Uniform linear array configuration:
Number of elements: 16
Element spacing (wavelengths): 0.75
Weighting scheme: blackman
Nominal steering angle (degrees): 15
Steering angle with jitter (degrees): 14.459
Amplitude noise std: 0.05
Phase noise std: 0.05

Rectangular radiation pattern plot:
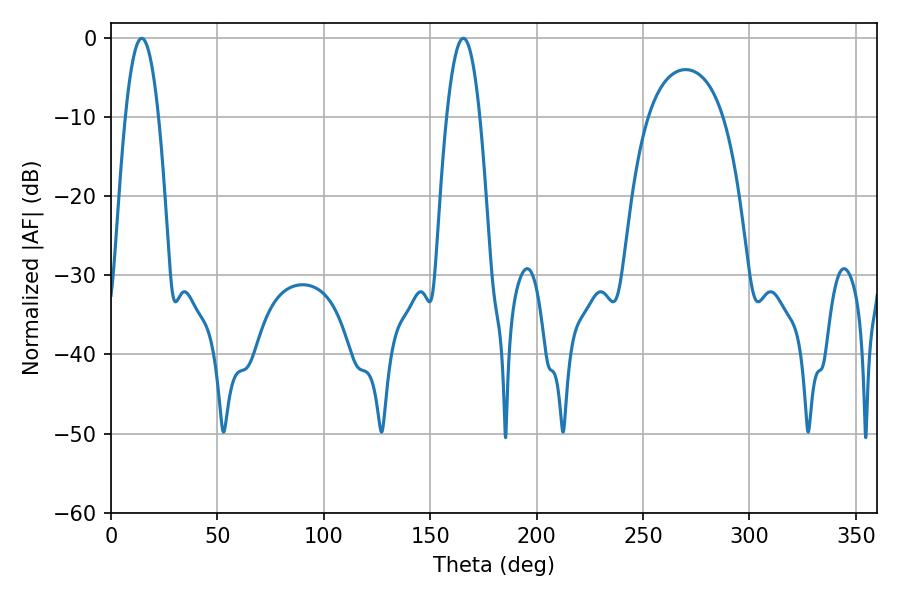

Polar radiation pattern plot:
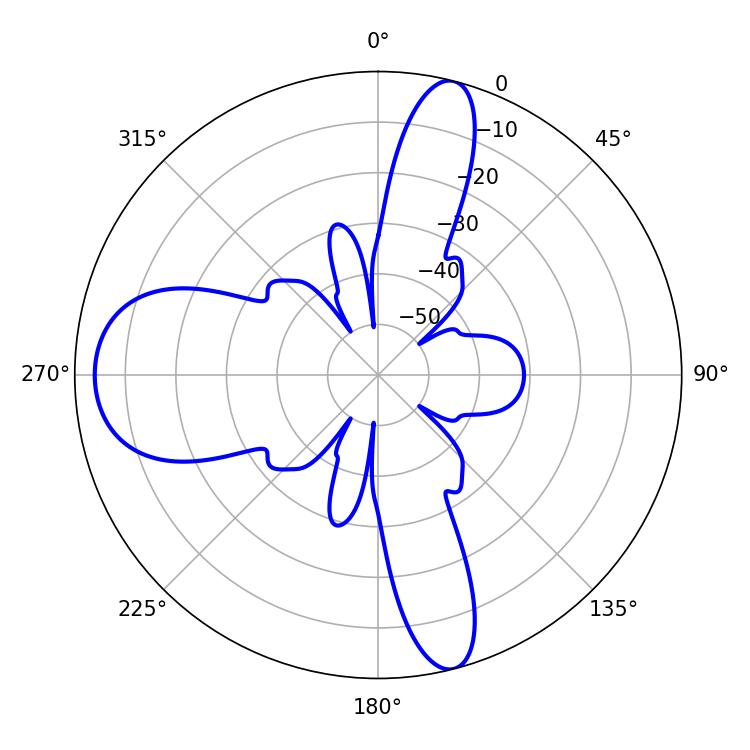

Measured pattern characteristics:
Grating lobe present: TRUE
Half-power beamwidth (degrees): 8.46
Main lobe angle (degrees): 14.4